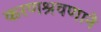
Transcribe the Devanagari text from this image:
करणश्रवणाने